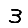
Digit: 3